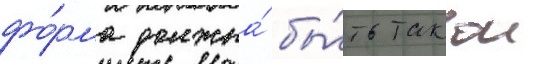
фо́рма должна́ бы́ть такои